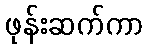
ဖုန်းဆက်ကာ